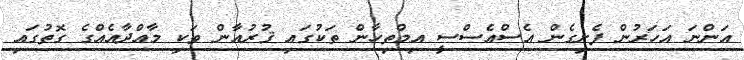
އަންނަ އަހަރުން ފެށިގެން އެސްއެސްސީ އިމްތިހާން ތަކުގައި ޤުރުއާން ވަކި މާއްދާއެއްގެ ގޮތުގައި